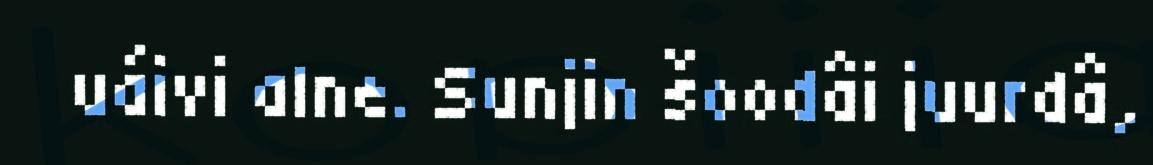
uáivi alne. Sunjin šoodâi juurdâ,